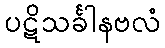
ပဋိသင်္ခါနဗလံ